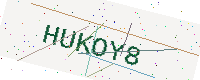
Text: HUKOY8